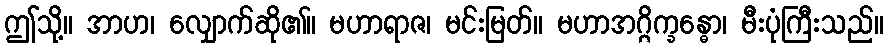
ဤသို့။ အာဟ၊ လျှောက်ဆို၏။ မဟာရာဇ၊ မင်းမြတ်။ မဟာအဂ္ဂိက္ခန္ဓော၊ မီးပုံကြီးသည်။